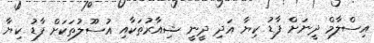
އިސްލާމް ދީނަށް ފާޑު ކިޔާ އަދި ދީނީ ޝިއާރުތަކާއި އުސޫލުތަކަށް ފާޑު ކިޔާ